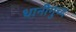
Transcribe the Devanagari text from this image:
धानीगुच्द